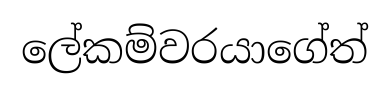
ලේකම්වරයාගේත්